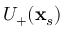
U _ { + } ( \mathbf { x } _ { s } )